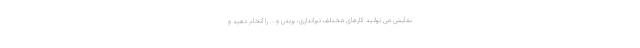
نمایش می توانید کارهای مختلف تیراندازی، پریدن و .. را انجام دهید و